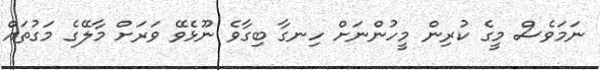
ނަމަވެސް މީގެ ކުރިން މީހުންނަށް ހިނގާ ބިގާވެ ނޫޅެވޭ ވަރަށް މާލޭގެ މަގުތައް